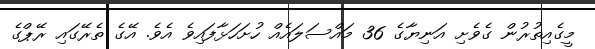
މީގެއިތުރުން ގެވެށި އަނިޔާގެ 36 މައްސަލައެއް ހުށަހަޅާފައިވެ އެވެ. އޭގެ ތެރޭގައި ރޭޕްގެ